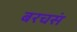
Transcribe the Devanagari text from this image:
बरचसं